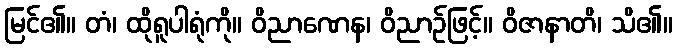
မြင်၏။ တံ၊ ထိုရူပါရုံကို။ ဝိညာဏေန၊ ဝိညာဉ်ဖြင့်။ ဝိဇာနာတိ၊ သိ၏။